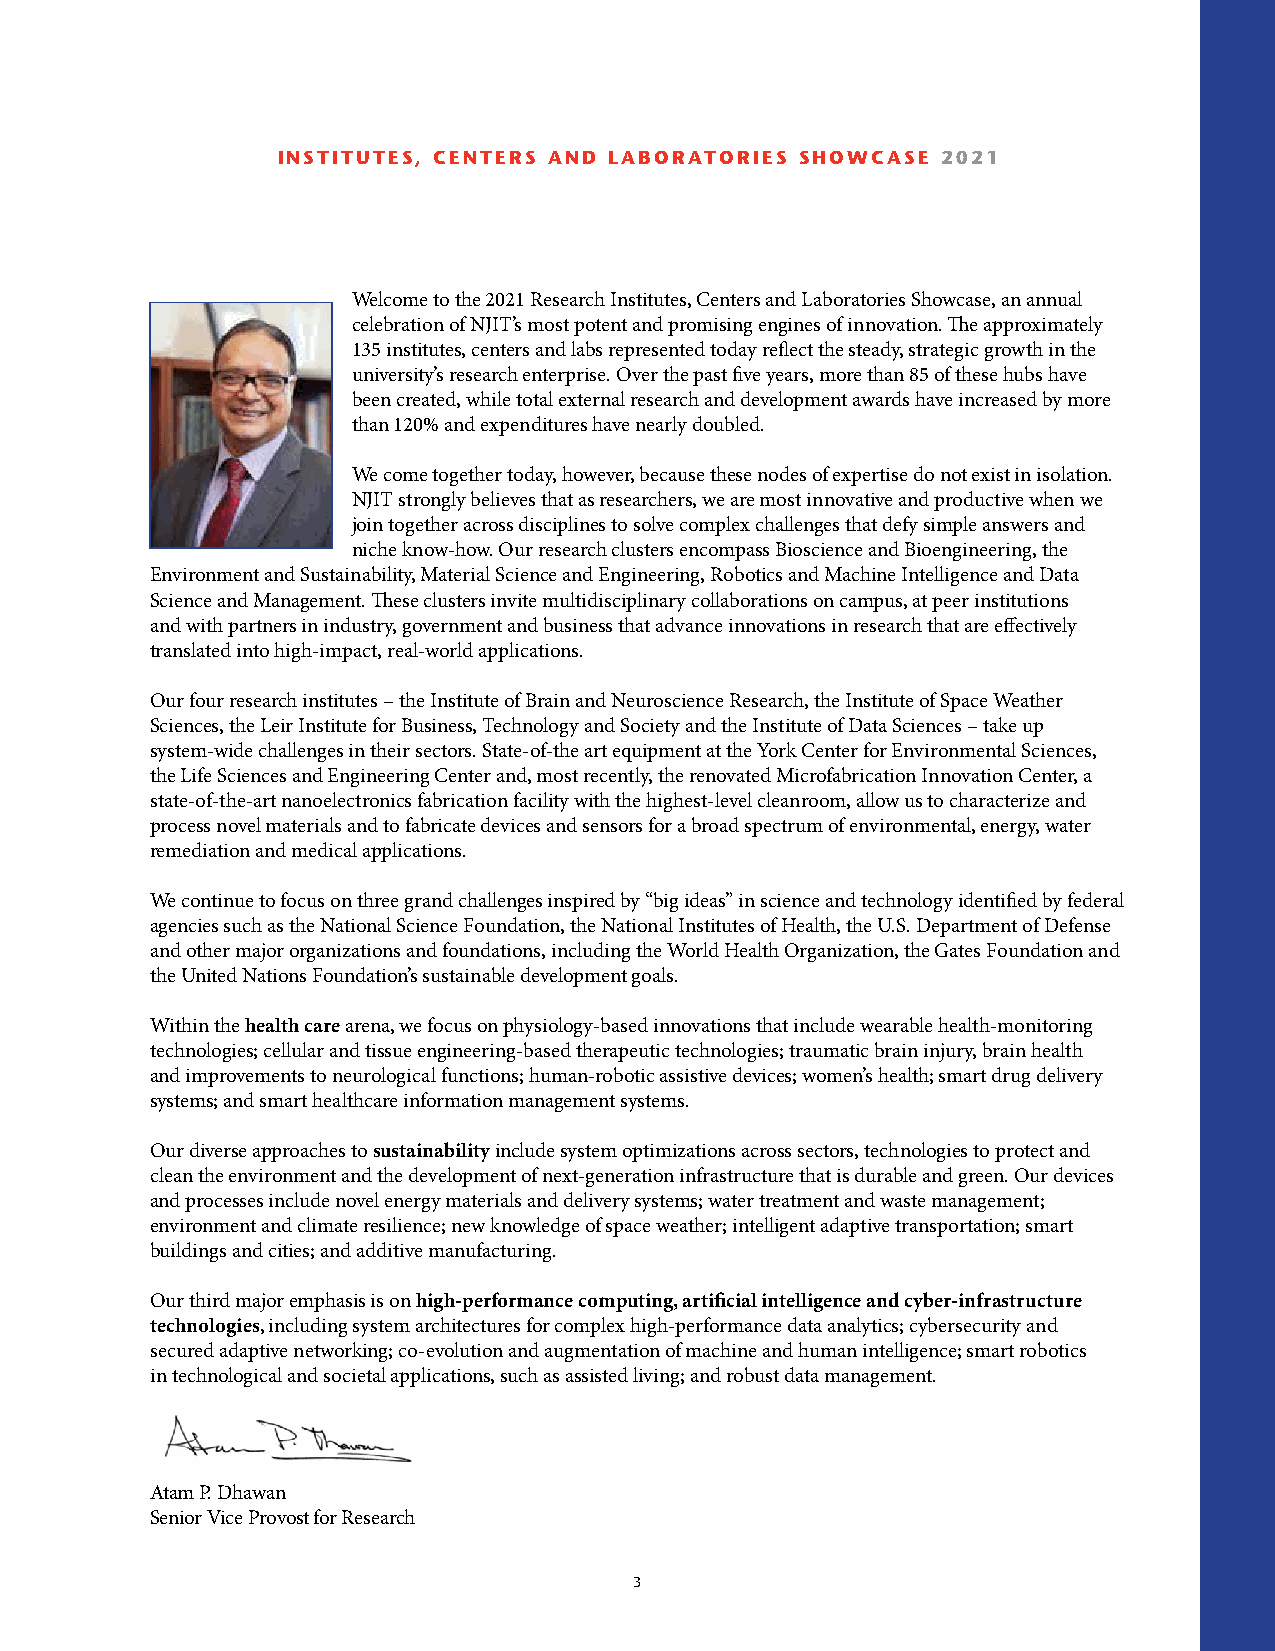
INSTITUTES, CENTERS AND LABORATORIES SHOWCASE 2021
 Welcome to the 2021 Research Institutes, Centers and Laboratories Showcase, an annual
 celebration of NJIT’s most potent and promising engines of innovation. The approximately
 135 institutes, centers and labs represented today reflect the steady, strategic growth in the
 university’s research enterprise. Over the past five years, more than 85 of these hubs have
 been created, while total external research and development awards have increased by more
 than 120% and expenditures have nearly doubled.
 We come together today, however, because these nodes of expertise do not exist in isolation.
 NJIT strongly believes that as researchers, we are most innovative and productive when we
 join together across disciplines to solve complex challenges that defy simple answers and
 niche know-how. Our research clusters encompass Bioscience and Bioengineering, the
 Environment and Sustainability, Material Science and Engineering, Robotics and Machine Intelligence and Data
 Science and Management. These clusters invite multidisciplinary collaborations on campus, at peer institutions
 and with partners in industry, government and business that advance innovations in research that are effectively
 translated into high-impact, real-world applications.
 Our four research institutes – the Institute of Brain and Neuroscience Research, the Institute of Space Weather
 Sciences, the Leir Institute for Business, Technology and Society and the Institute of Data Sciences – take up
 system-wide challenges in their sectors. State-of-the art equipment at the York Center for Environmental Sciences,
 the Life Sciences and Engineering Center and, most recently, the renovated Microfabrication Innovation Center, a
 state-of-the-art nanoelectronics fabrication facility with the highest-level cleanroom, allow us to characterize and
 process novel materials and to fabricate devices and sensors for a broad spectrum of environmental, energy, water
 remediation and medical applications.
 We continue to focus on three grand challenges inspired by “big ideas” in science and technology identified by federal
 agencies such as the National Science Foundation, the National Institutes of Health, the U.S. Department of Defense
 and other major organizations and foundations, including the World Health Organization, the Gates Foundation and
 the United Nations Foundation’s sustainable development goals.
 Within the health care arena, we focus on physiology-based innovations that include wearable health-monitoring
 technologies; cellular and tissue engineering-based therapeutic technologies; traumatic brain injury, brain health
 and improvements to neurological functions; human-robotic assistive devices; women’s health; smart drug delivery
 systems; and smart healthcare information management systems.
 Our diverse approaches to sustainability include system optimizations across sectors, technologies to protect and
 clean the environment and the development of next-generation infrastructure that is durable and green. Our devices
 and processes include novel energy materials and delivery systems; water treatment and waste management;
 environment and climate resilience; new knowledge of space weather; intelligent adaptive transportation; smart
 buildings and cities; and additive manufacturing.
 Our third major emphasis is on high-performance computing, artificial intelligence and cyber-infrastructure
 technologies, including system architectures for complex high-performance data analytics; cybersecurity and
 secured adaptive networking; co-evolution and augmentation of machine and human intelligence; smart robotics
 in technological and societal applications, such as assisted living; and robust data management.
 Atam P. Dhawan
 Senior Vice Provost for Research
 3